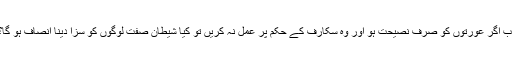
اب اگر عورتوں کو صرف نصیحت ہو اور وہ سکارف کے حکم پر عمل نہ کریں تو کیا شیطان صفت لوگوں کو سزا دینا انصاف ہو گا؟